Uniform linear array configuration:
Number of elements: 32
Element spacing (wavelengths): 0.75
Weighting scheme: hann
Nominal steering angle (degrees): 30
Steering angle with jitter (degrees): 31.558
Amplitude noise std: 0.05
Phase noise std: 0.05

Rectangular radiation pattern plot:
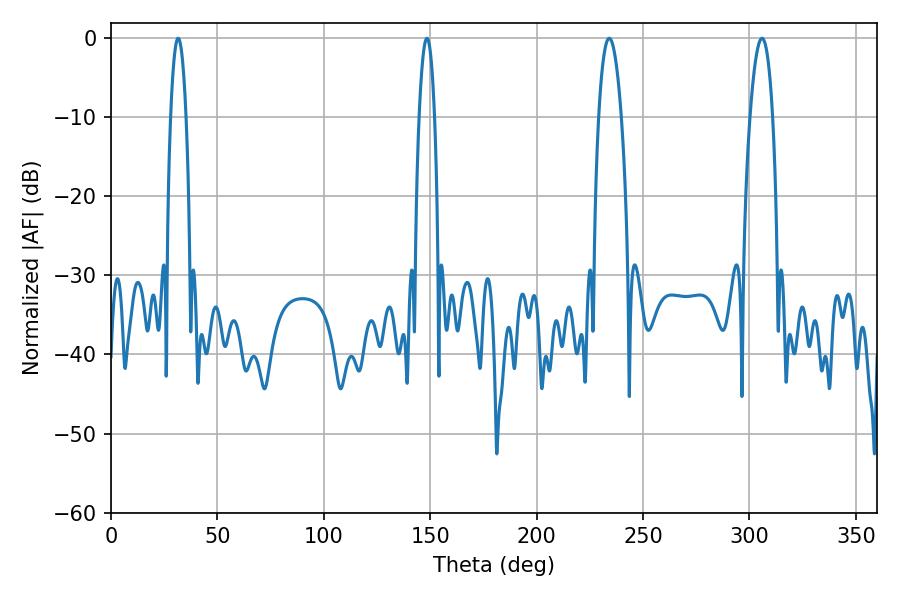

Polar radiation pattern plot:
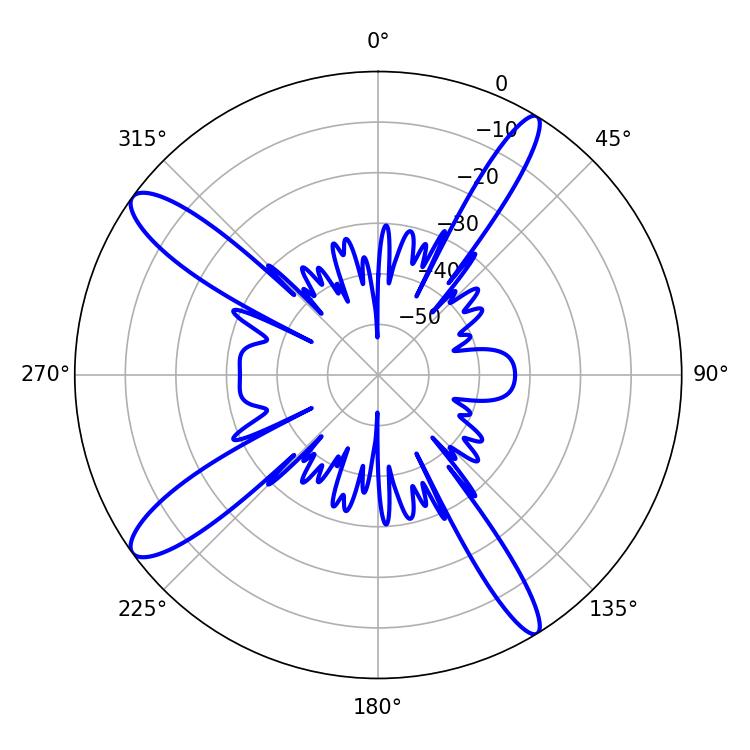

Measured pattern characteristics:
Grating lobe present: TRUE
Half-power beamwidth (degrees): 4.14
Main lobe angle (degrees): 148.5